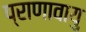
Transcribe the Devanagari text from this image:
प्राणावायु